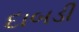
દાબડી